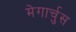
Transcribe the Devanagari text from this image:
मेगार्चुस